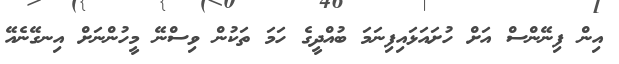
އިން ފިނޭންސް އަށް ހުށައަޅައިފިނަމަ ބުއްދީގެ ހަމަ ތަކުން ވިސްނޭ މީހުންނަށް އިނގޭނެއޭ